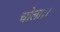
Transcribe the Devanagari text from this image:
चोला।।